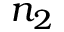
n _ { 2 }